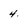
Character: 4